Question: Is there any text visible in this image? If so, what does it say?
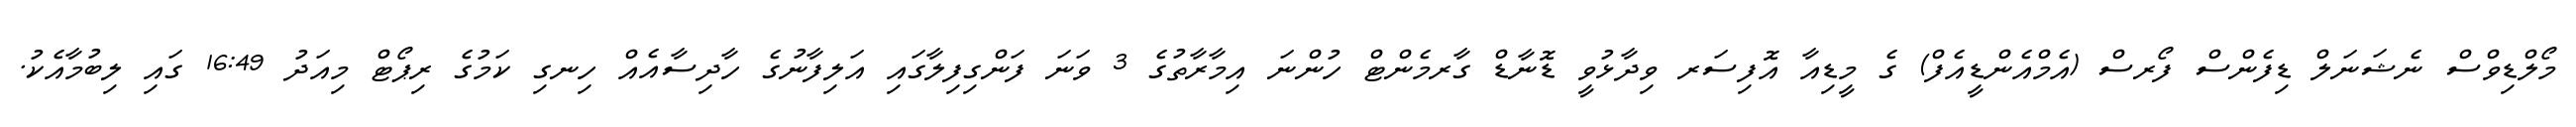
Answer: މޯލްޑިވްސް ނެޝަނަލް ޑިފެންސް ފޯރސް (އެމްއެންޑީއެފް) ގެ މީޑިއާ އޮފިސަރ ވިދާޅުވީ ޑޮނާޑް ގާރމެންޓް ހުންނަ އިމާރާތުގެ 3 ވަނަ ފަންގިފިލާގައި އަލިފާނުގެ ހާދިސާއެއް ހިނގި ކަމުގެ ރިޕޯޓް މިއަދު 16:49 ގައި ލިބުމާއެކު.